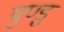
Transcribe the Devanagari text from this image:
मुण्डु